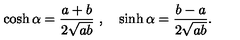
\cosh \alpha = \frac { a + b } { 2 \sqrt { a b } } \ , \quad \sinh \alpha = \frac { b - a } { 2 \sqrt { a b } } .